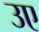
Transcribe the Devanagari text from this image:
उए